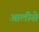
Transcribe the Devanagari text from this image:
आलीसे